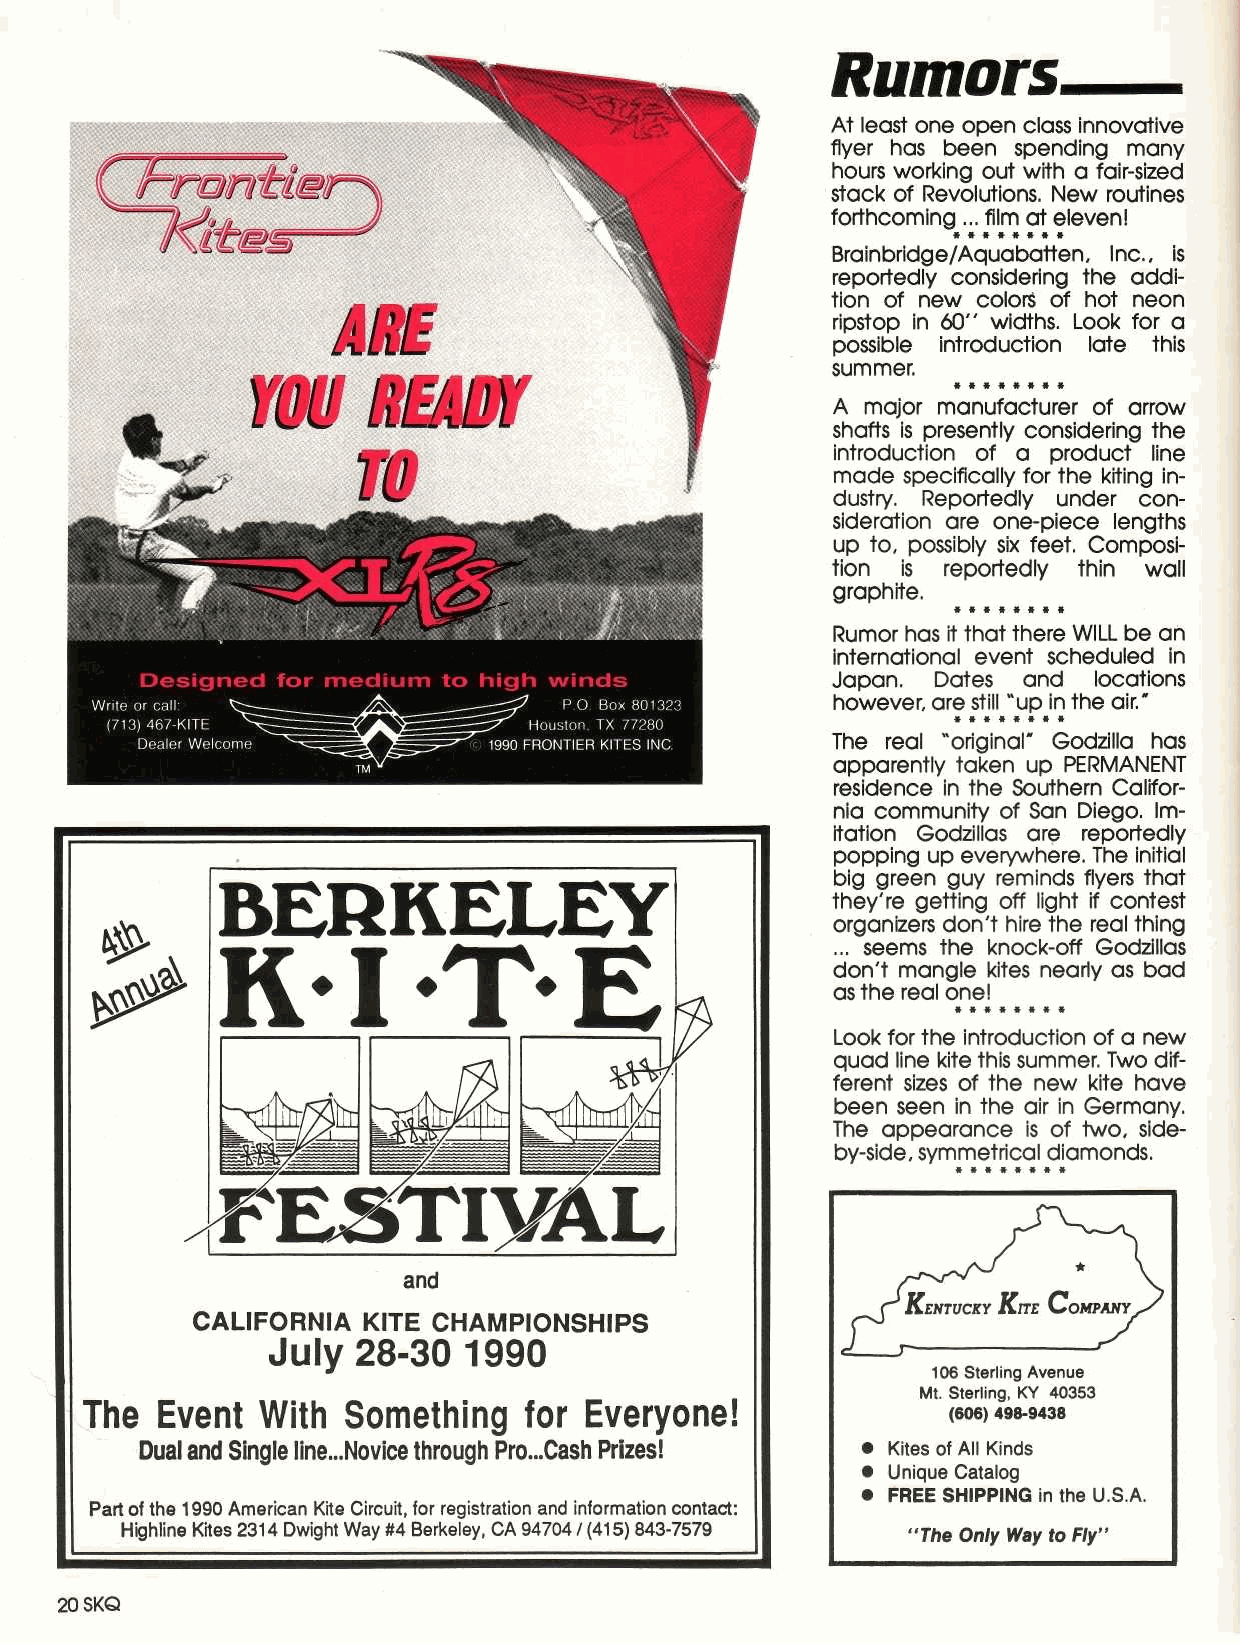
At least one open class innovative
 flyer has been spending many
 hours working out with a fair-sized
 stack of Revolutions. New routines
 forthcoming ... film at eleven!
 Bainbridge/Aquabatten, Inc., is
 reportedly considering the addi-
 tion of new colors of hot neon
 ripstop in 60" widths. Look for a
 possible introduction late this
 summer.
 A major manufacturer of arrow
 shafts is presently considering the
 introduction of a product line
 made specifically for the kiting in-
 dustry. Reportedly under con-
 sideration are one-piece lengths
 up to, possibly six feet. Composi-
 tion is reportedly thin wall
 graphite.
 Rumor has it that there WILL be an
 international event scheduled in
 Japan. Dates and locations
 however, are still "up in the air."
 •
 The real "original" Godzilla has
 apparently taken up PERMANENT
 residence in the Southern Califor-
 nia community of San Diego. Im-
 itation Godzillas are reportedly
 popping up everywhere. The initial
 big green guy reminds flyers that
 they're getting off light if contest
 organizers don't hire the real thing
 ... seems the knock-off Godzillas
 don't mangle kites nearly as bad
 as the real one!
 •
 Look for the introduction of a new
 quad line kite this summer. Two dif-
 ferent sizes of the new kite have
 been seen in the air in Germany.
 The appearance is of two, side-
 by-side, symmetrical diamonds.